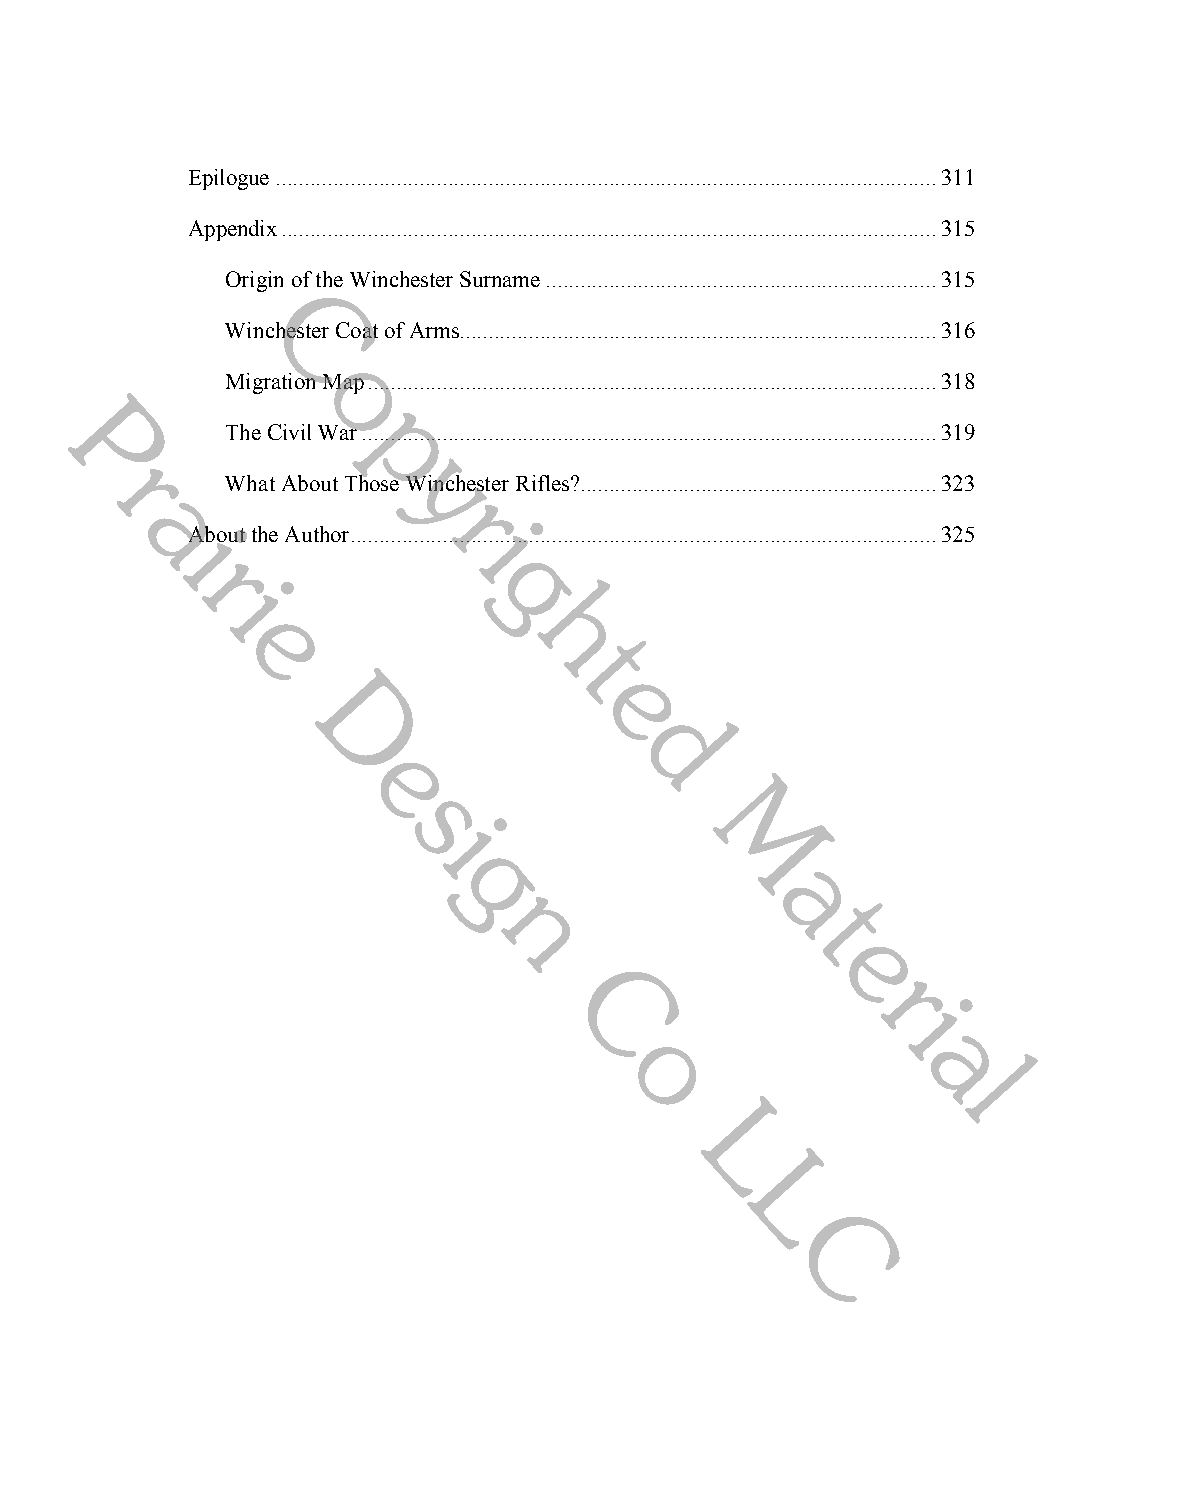
Epilogue ................................................................................................................... 311
 Appendix .................................................................................................................. 315
 Origin of the Winchester Surname .................................................................... 315
 C
 Winchester Coat of Arms ................................................................................... 316
 o
 Migration Map ................................................................................................... 318
 P                   p
 The Civil War .................................................................................................... 319
 r                  y
 What About Those rWinchester Rifles? .............................................................. 323
 a
 i
 i
 About the Author ...................................................................................................... 325
 r
 g
 i
 h
 e
 t
 e
 D
 d
 e
 s
 i
 M
 g
 a
 t
 n
 e
 r
 C                     i
 a
 o
 l
 L
 L
 C